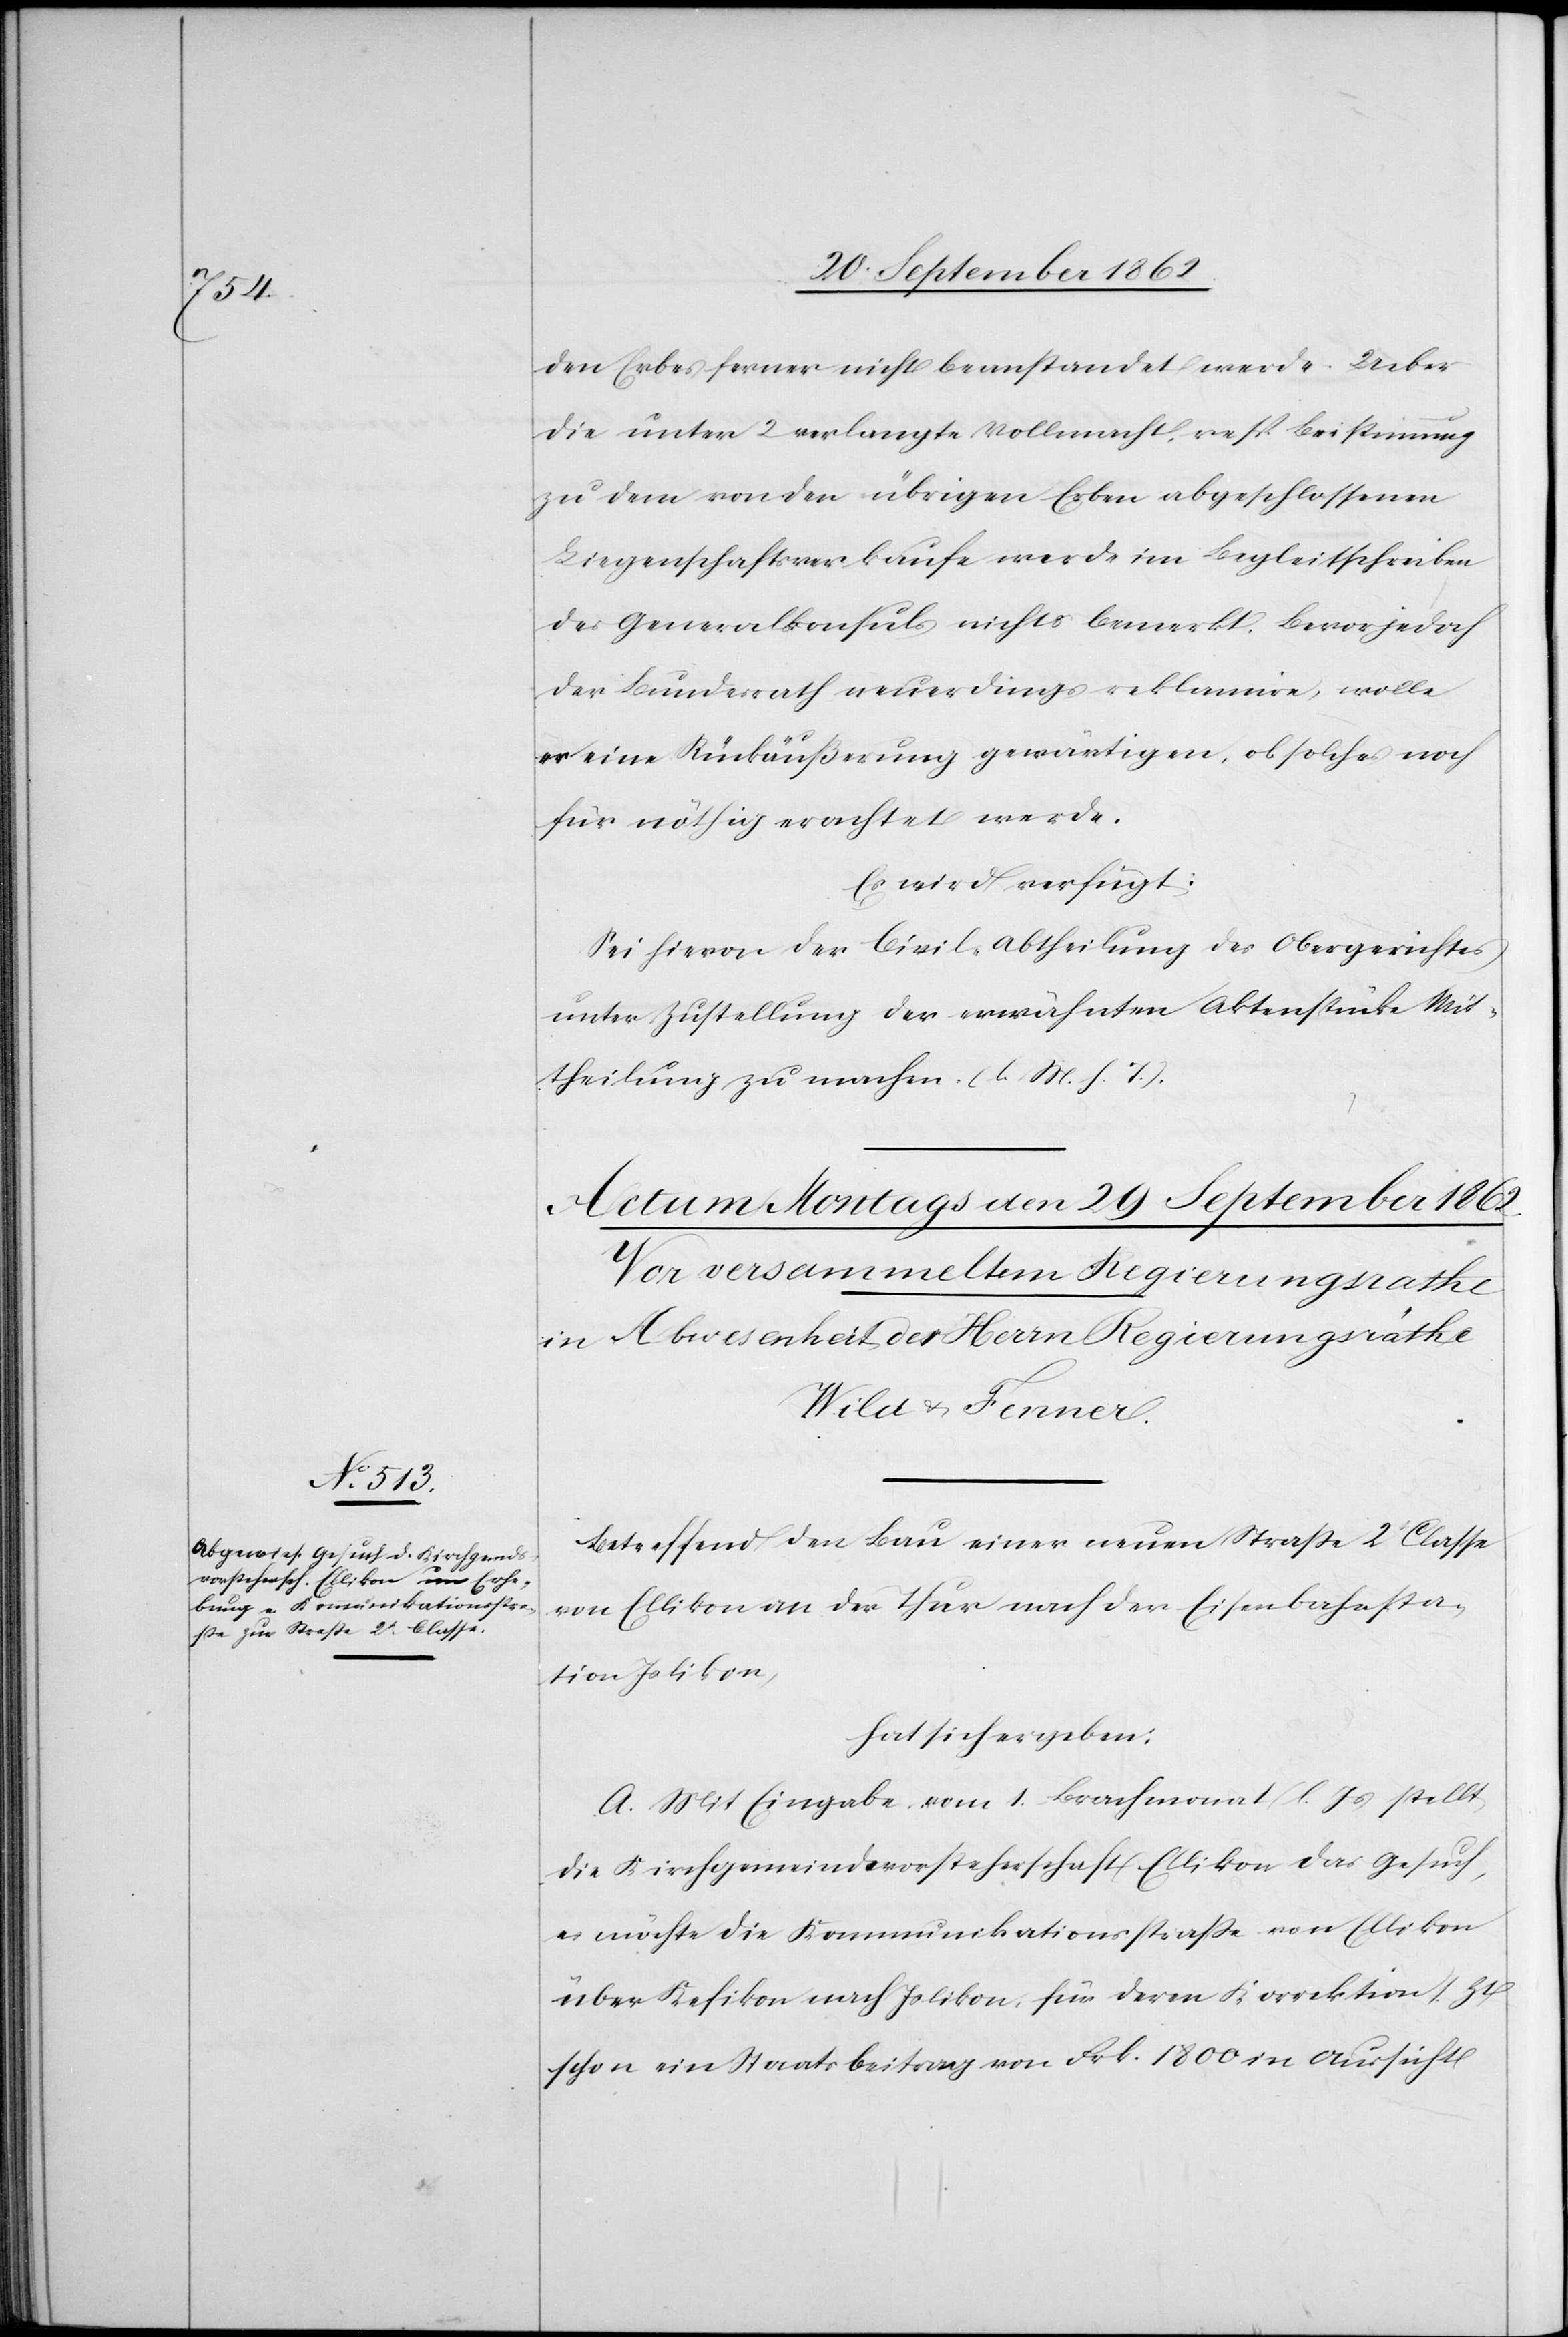
den Erbes ferner nicht beanstandet werde. Ueber
die unter 2 verlangte Vollmacht, resp. Beistimmung
zu dem von den übrigen Erben abgeschlossenen
Liegenschaftsverkaufe werde im Begleitschreiben
des Generalkonsuls nichts bemerkt. Bevor jedoch
der Bundesrath neuerdings reklamire, wolle
er eine Rückäußerung gewärtigen, ob solches noch
für nöthig erachtet werde.
Es wird verfügt:
Sei hievon der Civil-Abtheilung des Obergerichtes
unter Zustellung der erwähnten Aktenstücke Mit¬
theilung zu machen. (l. M. h. T.).
Betreffend den Bau einer neuen Straße 2t Classe
von Ellikon an der Thur nach der Eisenbahnsta¬
tion Islikon,
hat sich ergeben:
A. Mit Eingabe vom 1. Brachmonat l. Js. stellt
die Kirchgemeindevorsteherschaft Ellikon das Gesuch,
es möchte die Kommunikationsstraße von Ellikon
über Kefikon nach Islikon, für deren Korrektion s. Zt.
schon ein Staatsbeitrag von Frk. 1800 in Aussicht